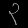
Digit: ၃